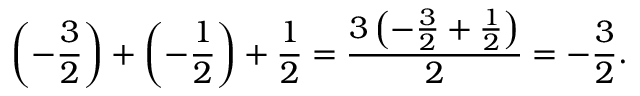
\left( - { \frac { 3 } { 2 } } \right) + \left( - { \frac { 1 } { 2 } } \right) + { \frac { 1 } { 2 } } = { \frac { 3 \left( - { \frac { 3 } { 2 } } + { \frac { 1 } { 2 } } \right) } { 2 } } = - { \frac { 3 } { 2 } } .